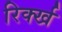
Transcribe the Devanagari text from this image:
रिर्क्ख